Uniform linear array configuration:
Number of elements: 4
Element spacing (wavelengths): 0.75
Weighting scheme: uniform
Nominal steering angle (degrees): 30
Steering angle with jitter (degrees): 29.44
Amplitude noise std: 0.05
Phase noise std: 0.05

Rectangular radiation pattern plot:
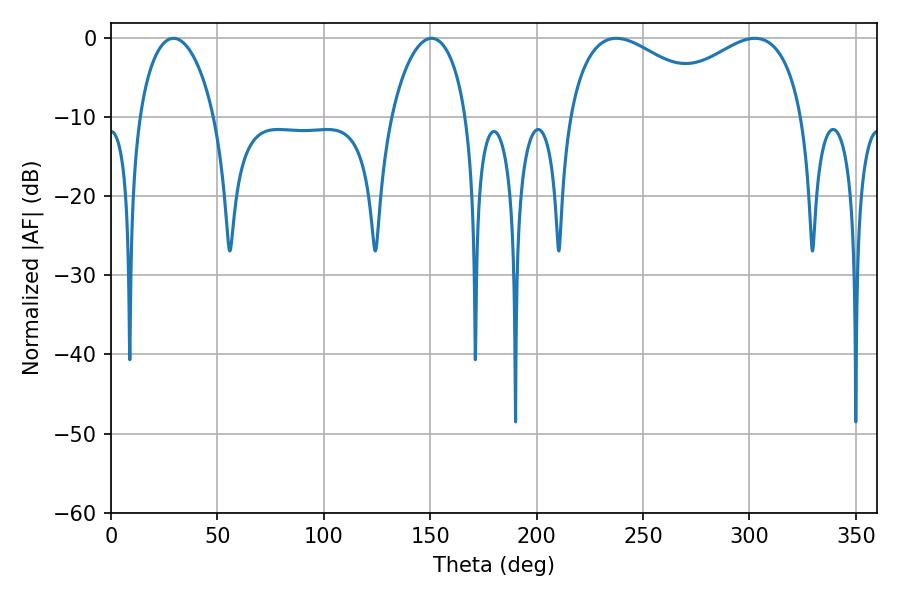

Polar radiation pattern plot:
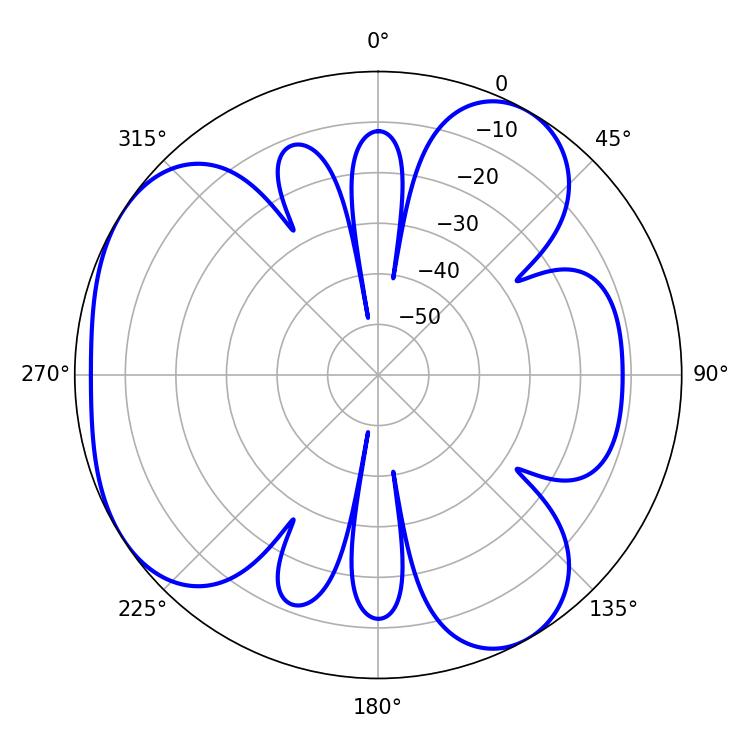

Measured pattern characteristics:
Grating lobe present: TRUE
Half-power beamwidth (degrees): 41.04
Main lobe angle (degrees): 237.42